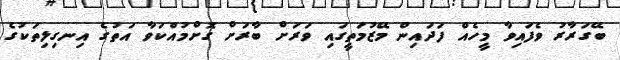
ބޭގަރާރު ވެފައިވާ މީހެއް ފަދައިން މޭޒުމަތީގައި ވަރަށް ބާރަށް ގޮށްމުއްކަވާ އަތުގެ އިނގިލިތަކުގެ